画像に写った文字を読んでください
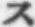
「ス」と書いてあります